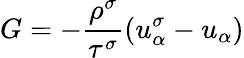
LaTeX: G=-\frac{\rho^{\sigma}}{\tau^{\sigma}}(u_{\alpha}^{\sigma}-u_{\alpha})